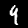
Label: 4